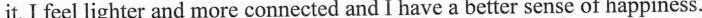
it, I feel lighter and more connected and I have a better sense of happiness.